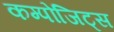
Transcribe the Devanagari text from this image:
कम्पोजिट्स